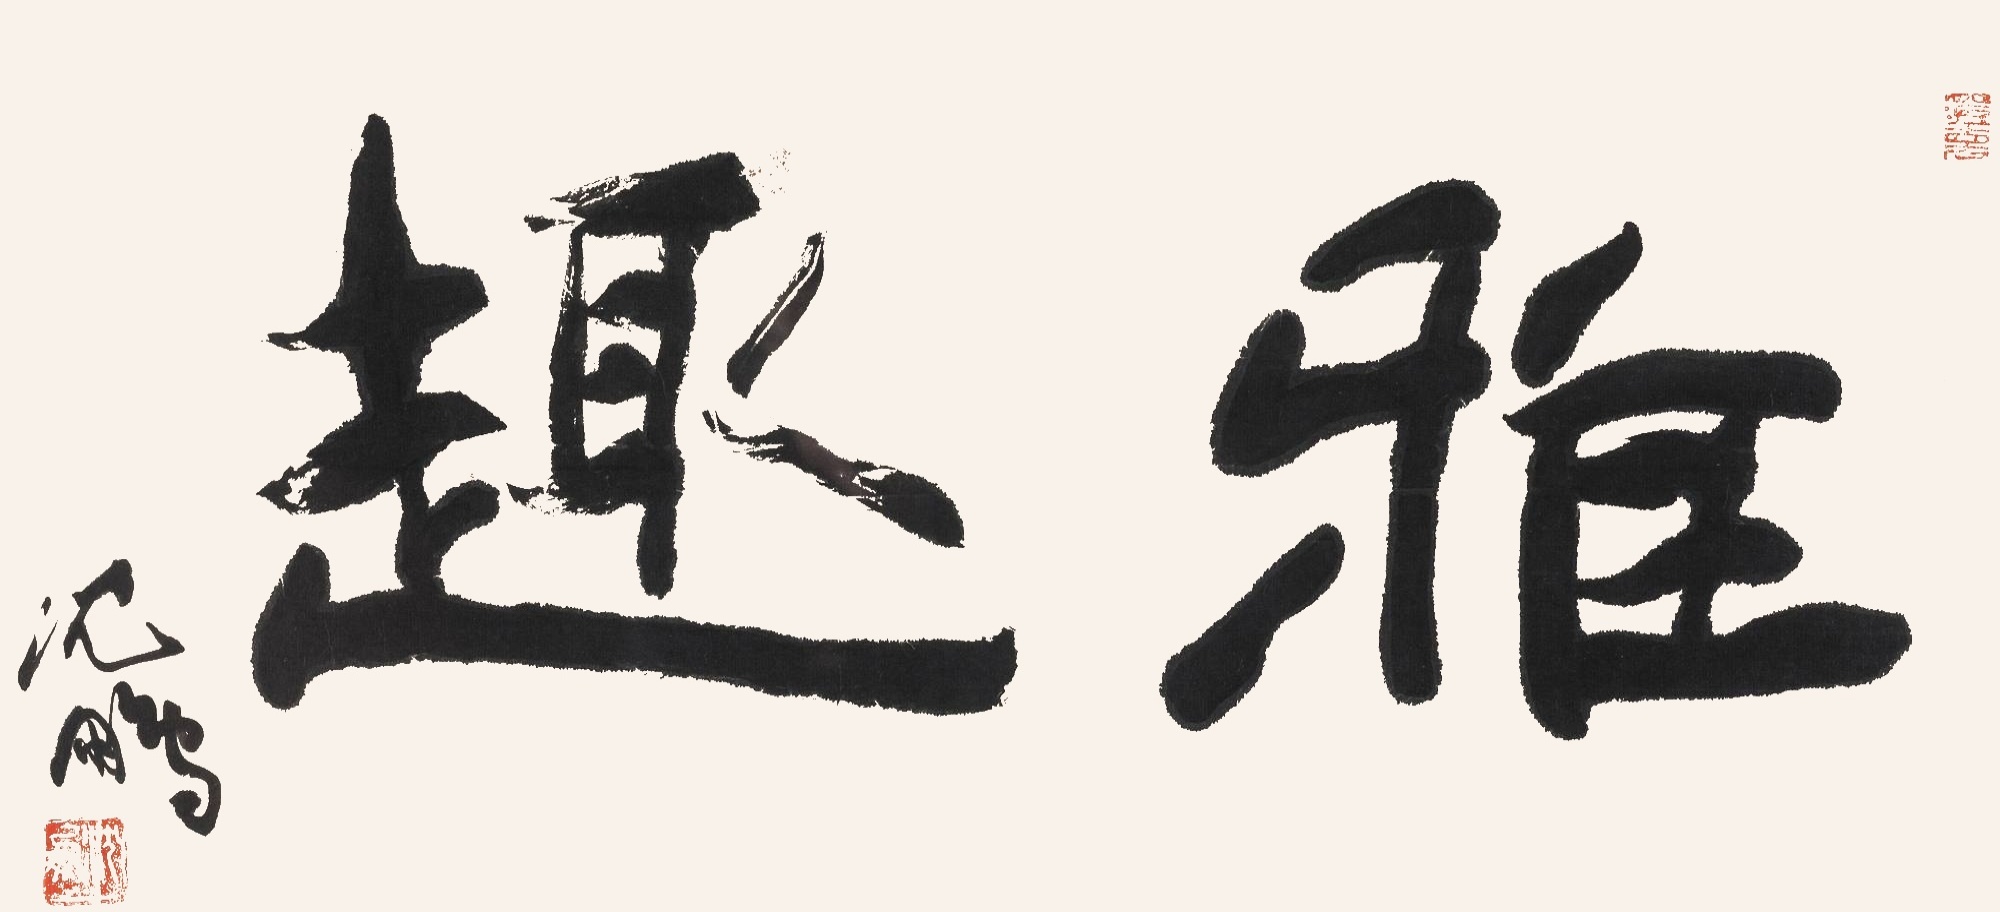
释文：雅趣沈鹏。